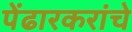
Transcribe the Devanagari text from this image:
पेंढारकरांचे